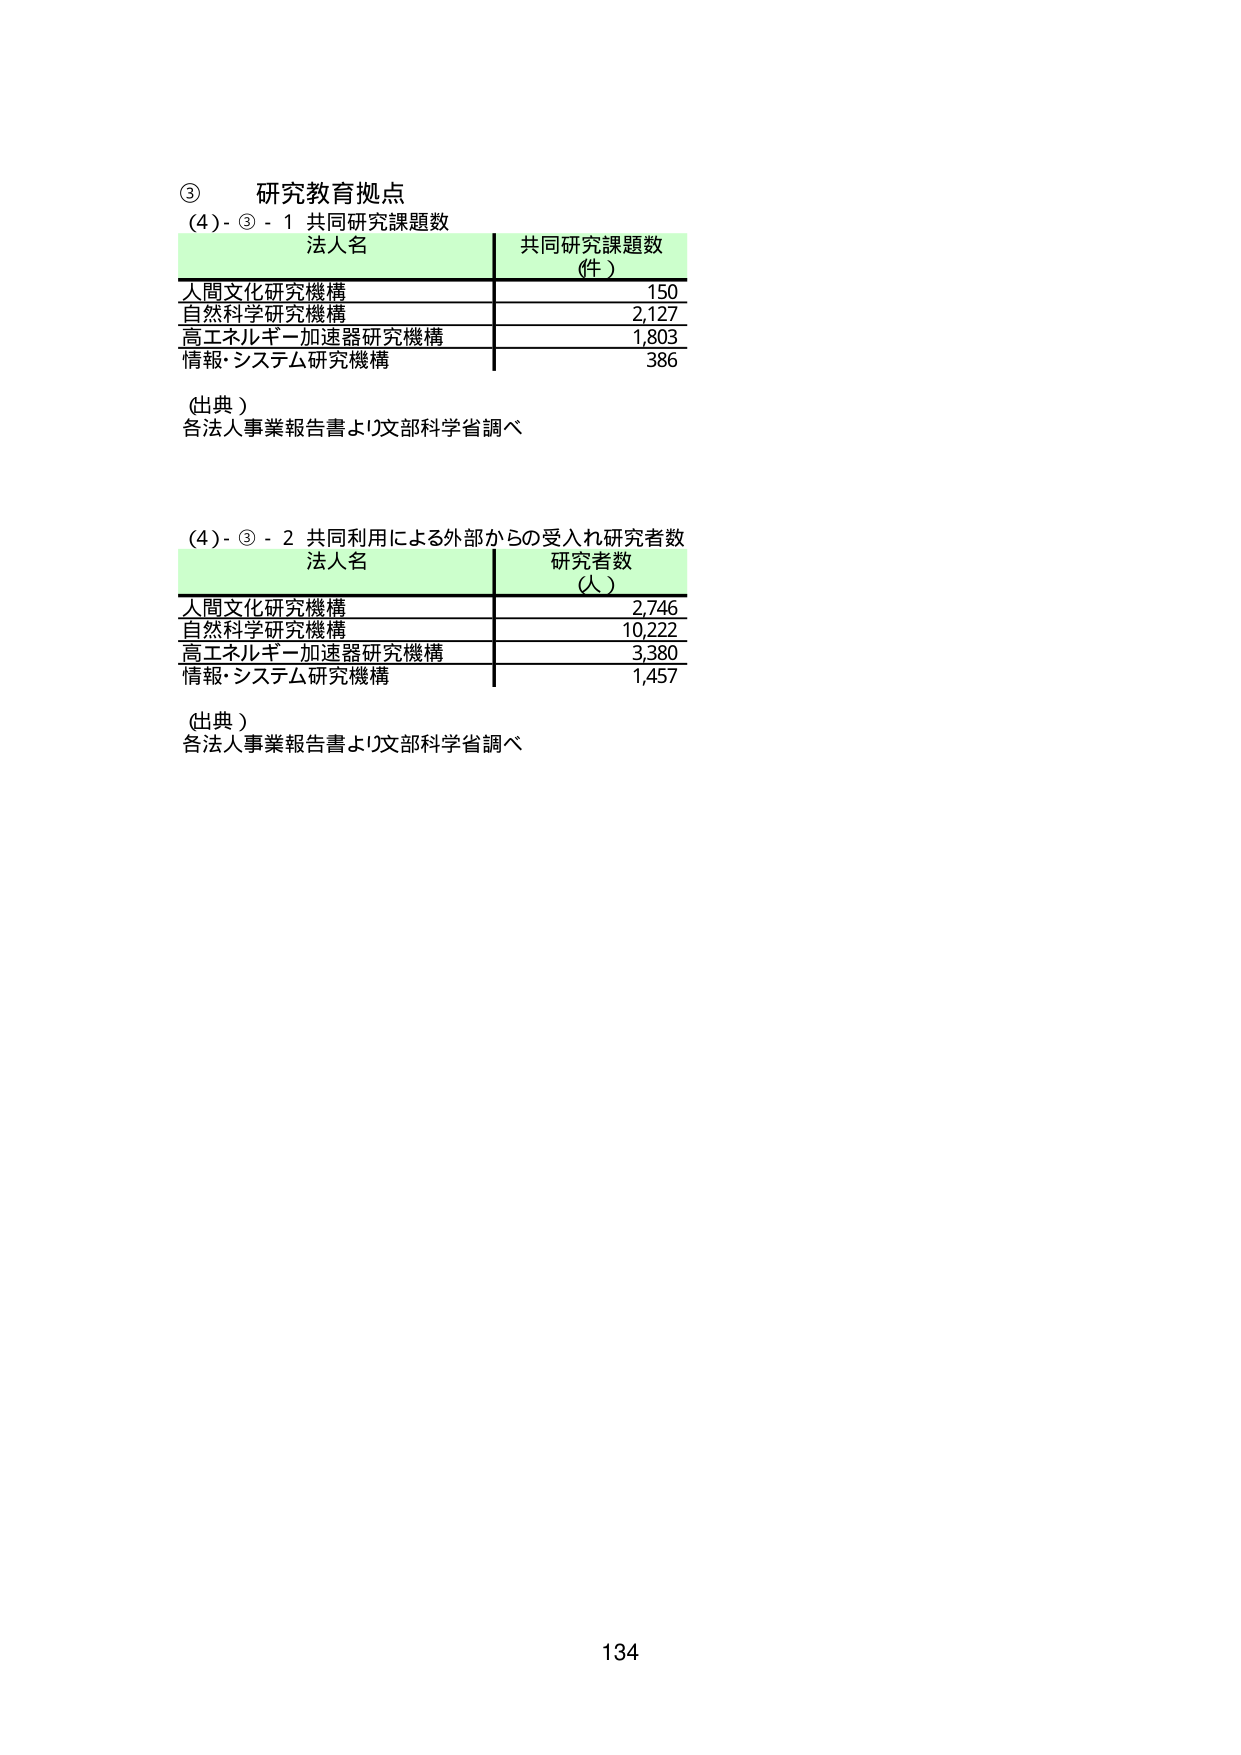
③ 研究教育拠点
(4)-③-1 共同研究課題数
法人名　　　　　　　　　　　　　共同研究課題数（件）
人間文化研究機構　　　　　　　　　150
自然科学研究機構　　　　　　　　　2,127
高エネルギー加速器研究機構　　　　1,803
情報・システム研究機構　　　　　　386
（出典）
各法人事業報告書より文部科学省調べ

(4)-③-2 共同利用による外部からの受入れ研究者数
法人名　　　　　　　　　　　　　研究者数（人）
人間文化研究機構　　　　　　　　　2,746
自然科学研究機構　　　　　　　　　10,222
高エネルギー加速器研究機構　　　　3,380
情報・システム研究機構　　　　　　1,457
（出典）
各法人事業報告書より文部科学省調べ

134